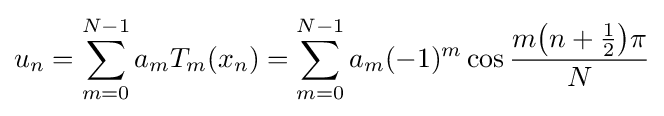
u_{n}=\sum _{m=0}^{N-1}a_{m}T_{m}(x_{n})=\sum _{m=0}^{N-1}a_{m}(-1)^{m}\cos {\frac {m{\bigl (}n+{\tfrac {1}{2}}{\bigr )}\pi }{N}}